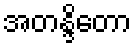
အတန္ဒိတော